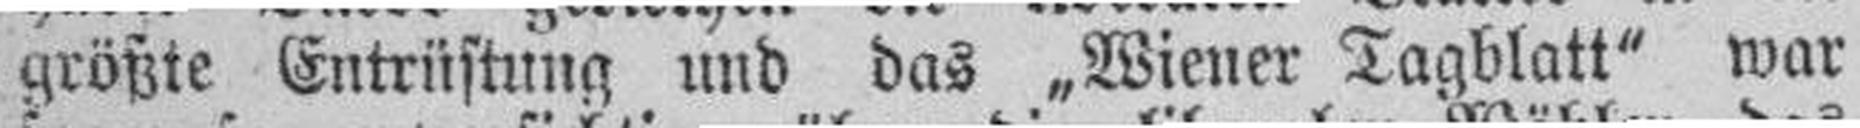
größte Entrüstung und das „Wiener Tagblatt" war